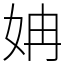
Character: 姌